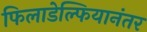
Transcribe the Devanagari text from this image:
फिलाडेल्फियानंतर